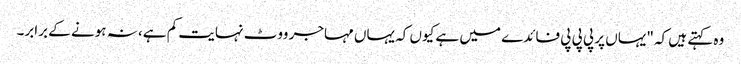
وہ کہتے ہیں کہ "یہاں پر پی پی پی فائدے میں ہے کیوں کہ یہاں مہاجر ووٹ نہایت کم ہے، نہ ہونے کے برابر۔